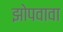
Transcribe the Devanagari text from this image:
झोपवावा